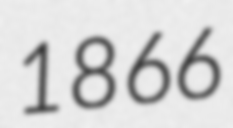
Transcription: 1866